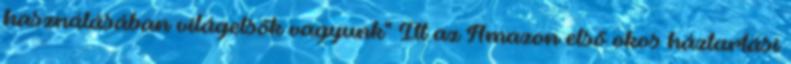
használásában világelsők vagyunk" Itt az Amazon első okos háztartási